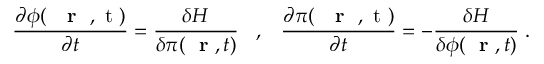
\frac { \partial \phi ( \mathrm { ~ { ~ \bf ~ r ~ } ~ , ~ t ~ } ) } { \partial t } = \frac { \delta H } { \delta \pi ( \mathrm { ~ \bf ~ r ~ } , t ) } \; \; \; , \; \; \; \frac { \partial \pi ( \mathrm { ~ { ~ \bf ~ r ~ } ~ , ~ t ~ } ) } { \partial t } = - \frac { \delta H } { \delta \phi ( \mathrm { ~ \bf ~ r ~ } , t ) } \; .